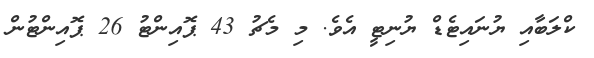
ކްލަބާއި ޔުނައިޓެޑް ޔުނިޓީ އެވެ. މި މެޗު 43 ޕޮއިންޓު 26 ޕޮއިންޓުން